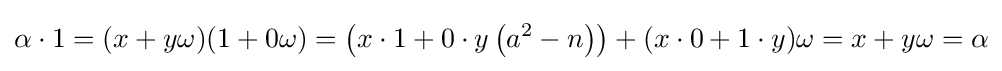
\alpha \cdot 1=(x+y\omega )(1+0\omega )=\left(x\cdot 1+0\cdot y\left(a^{2}-n\right)\right)+(x\cdot 0+1\cdot y)\omega =x+y\omega =\alpha